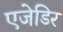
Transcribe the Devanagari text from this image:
एजेडिर